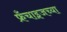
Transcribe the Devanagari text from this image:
फ्रँचाइजच्या